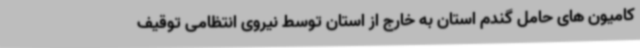
کامیون های حامل گندم استان به خارج از استان توسط نیروی انتظامی توقیف